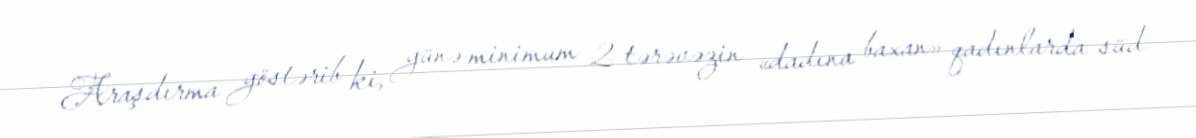
Araşdırma göstərib ki, günə minimum 2 tərəvəzin «dadına baxan» qadınlarda süd